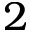
2